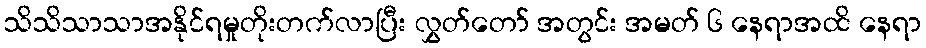
သိသိသာသာအနိုင်ရမှုတိုးတက်လာပြီး လွှတ်တော် အတွင်း အမတ် ၆ နေရာအထိ နေရာ